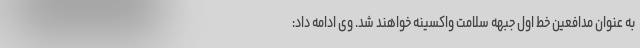
به عنوان مدافعین خط اول جبهه سلامت واکسینه خواهند شد. وی ادامه داد: